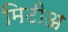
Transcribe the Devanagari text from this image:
मिटीअ